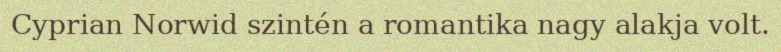
Cyprian Norwid szintén a romantika nagy alakja volt.